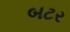
બટર